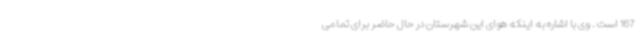
167 است . وی با اشاره به اینکه هوای این شهرستان در حال حاضر برای تمامی